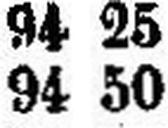
94 50